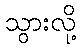
သွားလို့